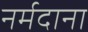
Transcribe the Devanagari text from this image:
नर्मदाना